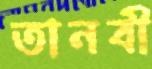
তানবী